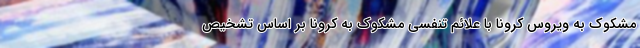
مشکوک به ویروس کرونا با علائم تنفسی مشکوک به کرونا بر اساس تشخیص